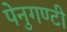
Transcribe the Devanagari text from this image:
पेनुगण्टी